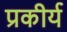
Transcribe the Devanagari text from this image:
प्रकीर्य